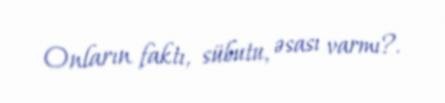
Onların faktı, sübutu, əsası varmı?.